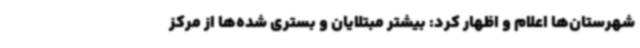
شهرستان‌ها اعلام و اظهار کرد: بیشتر مبتلایان و بستری شده‌ها از مرکز